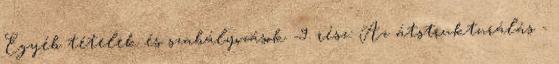
Egyéb tételek és szabályozások -9. rész: Az átstrukturálás -